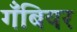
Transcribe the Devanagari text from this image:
गँबियर